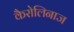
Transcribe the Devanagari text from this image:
कैरोलिनाज